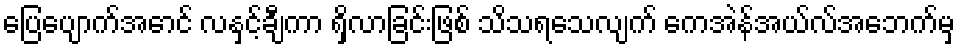
ပြေပျောက်အောင် လနှင့်ချီကာ ရှိလာခြင်းဖြစ် သိသရသေလျက် ကေအဲန်အယ်လ်အေဘက်မှ